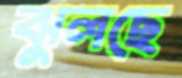
ঝুলছে